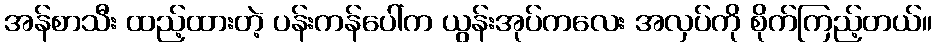
အန်စာသီး ထည့်ထားတဲ့ ပန်းကန်ပေါ်က ယွန်းအုပ်ကလေး အလှပ်ကို စိုက်ကြည့်တယ်။